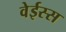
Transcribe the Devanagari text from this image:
वेईस्स